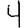
Digit: 4